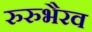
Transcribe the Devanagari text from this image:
रुरुभैरव